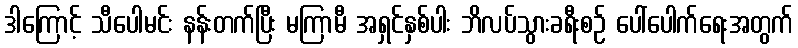
ဒါကြောင့် သီပေါမင်း နန်းတက်ပြီး မကြာမီ အရှင်နှစ်ပါး ဘိလပ်သွားခရီးစဉ် ပေါ်ပေါက်ရေးအတွက်